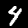
Digit: 4